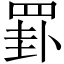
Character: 罫